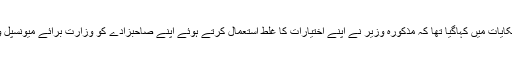
سوشل میڈیا پر سامنے آنے والی شکایات میں کہاگیا تھا کہ مذکورہ وزیر نے اپنے اختیارات کا غلط استعمال کرتے ہوئے اپنے صاحبزادے کو وزارت برائے میونسپل و دیہی امور میں بھرتی کروایا تھا۔